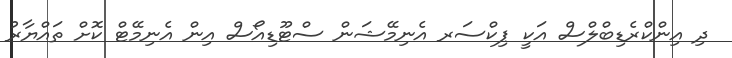
ދި އިންކްރެޑިބްލްސް އަކީ ޕިކްސަރ އެނިމޭޝަން ސްޓޫޑިއޯސް އިން އެނިމޭޓް ކޮށް ތައްޔާރު